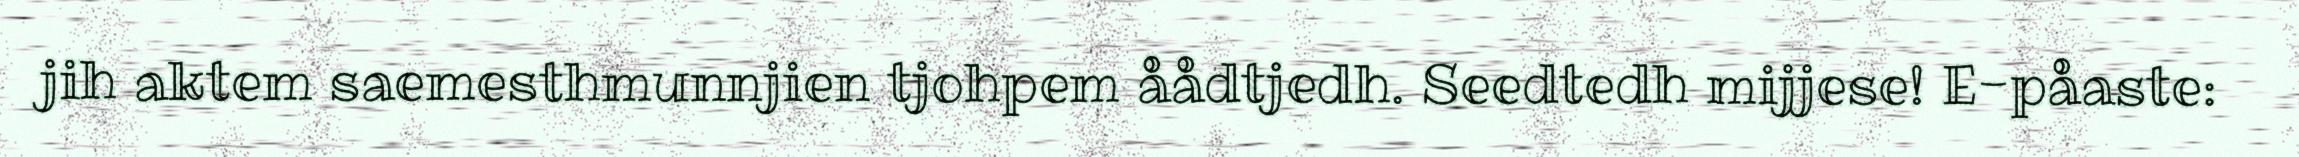
jih aktem saemesthmunnjien tjohpem åådtjedh. Seedtedh mijjese! E-påaste: